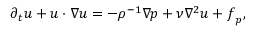
\partial _ { t } \boldsymbol { u } + \boldsymbol { u } \cdot \nabla \boldsymbol { u } = - \rho ^ { - 1 } \nabla p + \nu \nabla ^ { 2 } \boldsymbol { u } + \boldsymbol { f } _ { p } ,